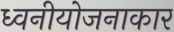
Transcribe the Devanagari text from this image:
ध्वनीयोजनाकार